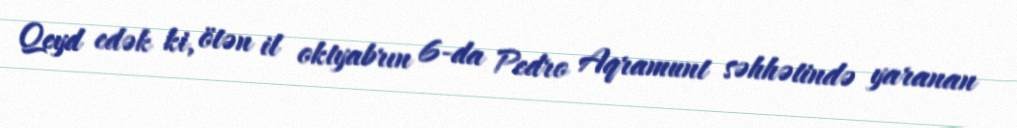
Qeyd edək ki, ötən il oktyabrın 6-da Pedro Aqramunt səhhətində yaranan